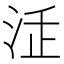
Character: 𣳴